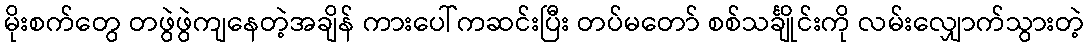
မိုးစက်တွေ တဖွဲဖွဲကျနေတဲ့အချိန် ကားပေါ်ကဆင်းပြီး တပ်မတော် စစ်သင်္ချိုင်းကို လမ်းလျှောက်သွားတဲ့